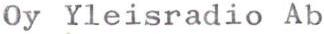
Oy Yleisradio Ab